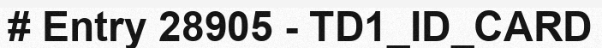
# Entry 28905 - TD1_ID_CARD